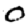
Digit: 0